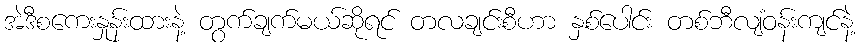
အဲဒီစကေးနှုန်းထားနဲ့ တွက်ချက်မယ်ဆိုရင် တလချင်းစီဟာ နှစ်ပေါင်း တစ်ဘီလျံဝန်းကျင်နဲ့